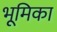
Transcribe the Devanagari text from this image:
भूूमिका